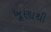
ખૂણાથી